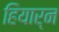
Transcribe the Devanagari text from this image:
हियार्न